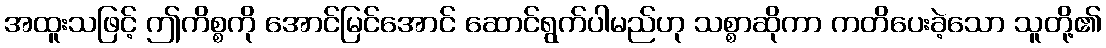
အထူးသဖြင့် ဤကိစ္စကို အောင်မြင်အောင် ဆောင်ရွက်ပါမည်ဟု သစ္စာဆိုကာ ကတိပေးခဲ့သော သူတို့၏